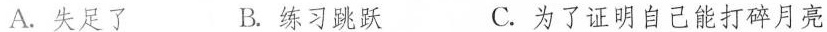
A. 失足了 B. 练习跳跃C. 为了证明自己能打碎月亮